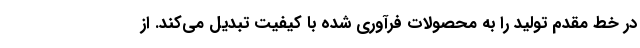
در خط مقدم تولید را به محصولات فرآوری شده با کیفیت تبدیل می‌کند. از